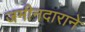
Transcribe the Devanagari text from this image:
जमीनदाराने